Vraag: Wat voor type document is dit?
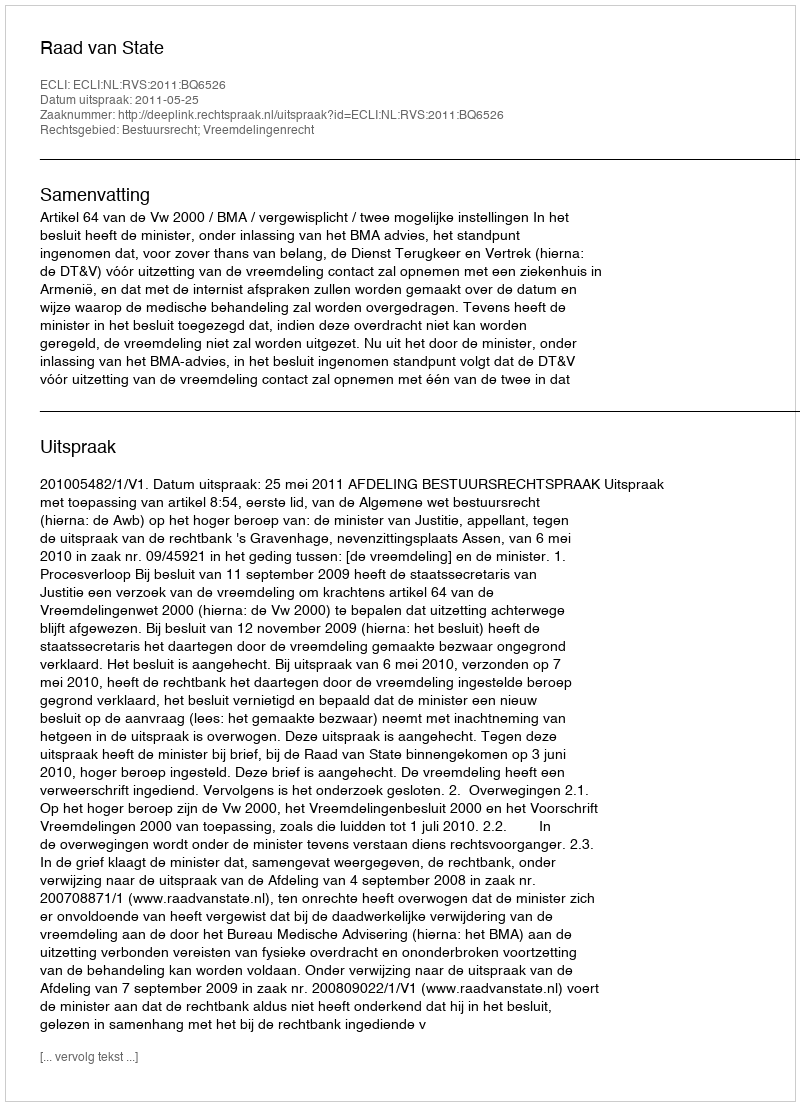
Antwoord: Uitspraak